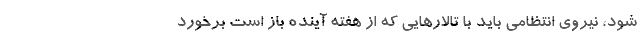
شود، نیروی انتظامی باید با تالارهایی که از هفته آینده باز است برخورد